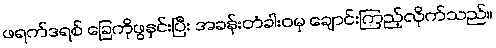
ဖရက်ဒရစ် ခြေကိုဖွနှင်းပြီး အခန်းတံခါးဝမှ ချောင်းကြည့်လိုက်သည်။